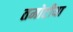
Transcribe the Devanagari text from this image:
तमोटीया